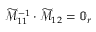
\widetilde { \mathcal { M } } _ { 1 1 } ^ { - 1 } \cdot \widetilde { \mathcal { M } } _ { 1 2 } = \mathbb { 0 } _ { r }